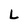
Character: L